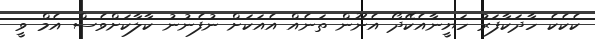
ކެކެކެ ހާދަކާފަރު ހަޔީނާއެކޭދޯ އެނޫން ތަނެއް އެއަކަށް ނުފެނުނު ކާލާކަށްވެސް އެމް ވީ